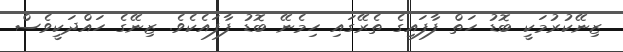
ޒިނޭކުރުމަކީ ބޮޑު ހަތް ފާފައިގެ ތެރޭގައި ހިމެނޭ ބޮޑު ފާފައެކެވެ. ޒިނޭގެ ހައްދަކީވެސް